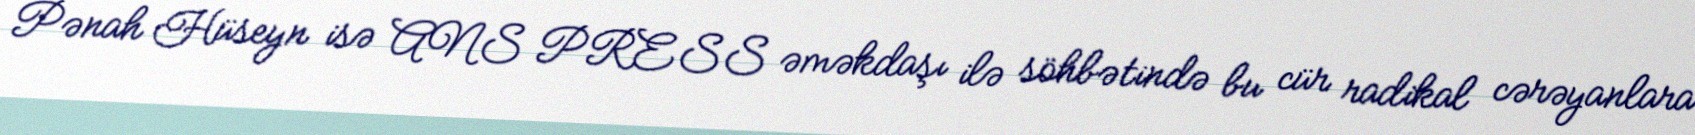
Pənah Hüseyn isə ANS PRESS əməkdaşı ilə söhbətində bu cür radikal cərəyanlara